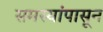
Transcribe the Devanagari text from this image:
समस्यांपासून